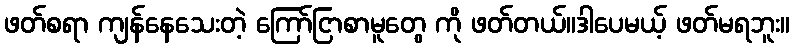
ဖတ်စရာ ကျန်နေသေးတဲ့ ကြော်ငြာစာမူတွေ ကို ဖတ်တယ်။ဒါပေမယ့် ဖတ်မရဘူး။